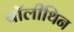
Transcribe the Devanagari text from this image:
पॉलीथिन